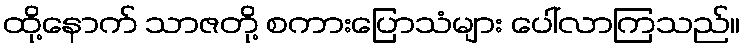
ထို့နောက် သာဇတို့ စကားပြောသံများ ပေါ်လာကြသည်။